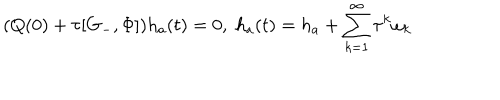
( Q ( 0 ) + \tau [ G _ { - } , \Phi ] ) h _ { a } ( t ) = 0 , \; h _ { a } ( t ) = h _ { a } + \sum _ { k = 1 } ^ { \infty } \tau ^ { k } \omega _ { k }